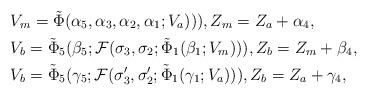
LaTeX: \begin{align*}&V_m=\tilde{\Phi}(\alpha_5,\alpha_3,\alpha_2,\alpha_1;V_a))),Z_m=Z_a+\alpha_4,\\&V_b=\tilde{\Phi}_5(\beta_5;\mathcal{F}(\sigma_3,\sigma_2;\tilde{\Phi}_1(\beta_1;V_m))),Z_b=Z_m+\beta_4,\\&V_b=\tilde{\Phi}_5(\gamma_5;\mathcal{F}(\sigma'_3,\sigma'_2;\tilde{\Phi}_1(\gamma_1;V_a))),Z_b=Z_a+\gamma_4,\end{align*}